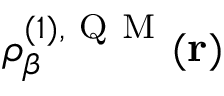
\rho _ { \beta } ^ { ( 1 ) , \mathrm { ~ Q ~ M ~ } } ( \mathbf { r } )